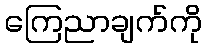
ကြေညာချက်ကို